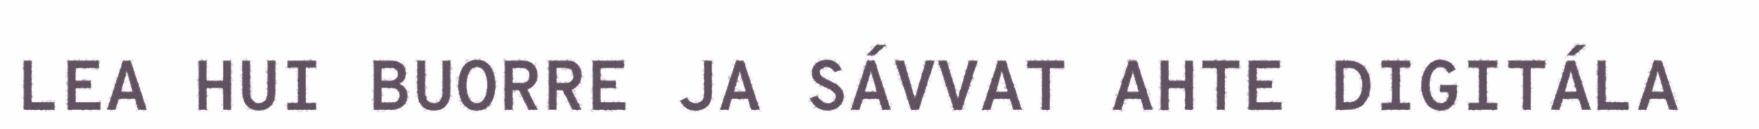
LEA HUI BUORRE JA SÁVVAT AHTE DIGITÁLA